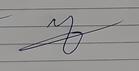
Signature authenticity: forged